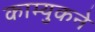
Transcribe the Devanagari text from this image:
काम्युकने